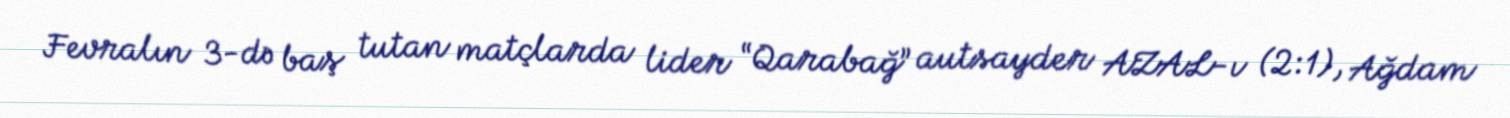
Fevralın 3-də baş tutan matçlarda lider “Qarabağ” autsayder AZAL-ı (2:1), Ağdam